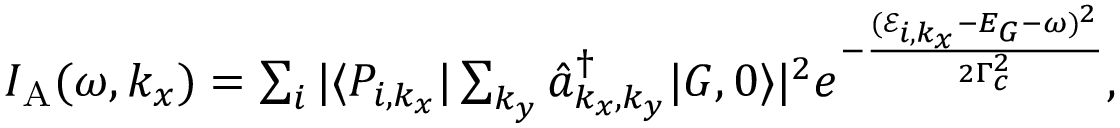
\begin{array} { r } { I _ { \mathrm { A } } ( \omega , k _ { x } ) = \sum _ { i } | \langle P _ { i , k _ { x } } | \sum _ { k _ { y } } \hat { a } _ { k _ { x } , k _ { y } } ^ { \dagger } | G , 0 \rangle | ^ { 2 } e ^ { - \frac { ( \mathcal { E } _ { i , k _ { x } } - E _ { G } - \omega ) ^ { 2 } } { 2 \Gamma _ { c } ^ { 2 } } } , } \end{array}